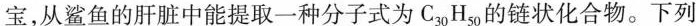
宝，从鲨鱼的肝脏中能提取一种分子式为C_{30}H_{50}的链状化合物。下列